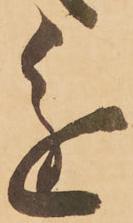
進